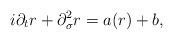
LaTeX: \begin{align*} i\partial_t r+\partial_\sigma^2 r=a(r)+b,\end{align*}